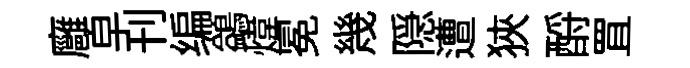
廱皁刊编鷁煒冕幾隠遭狹酹罝